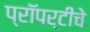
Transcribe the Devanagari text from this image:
प्रॉपर्टीचे